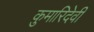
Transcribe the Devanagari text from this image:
कुमारिदेवी